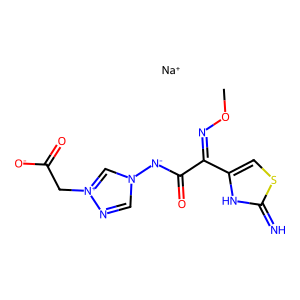
SMILES: CON=C(C(=O)[N-]n1cn[n+](CC(=O)[O-])c1)c1csc(=N)[nH]1.[Na+]
Inhibits HIV replication: No